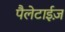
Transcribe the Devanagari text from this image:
पैलेटाईज़